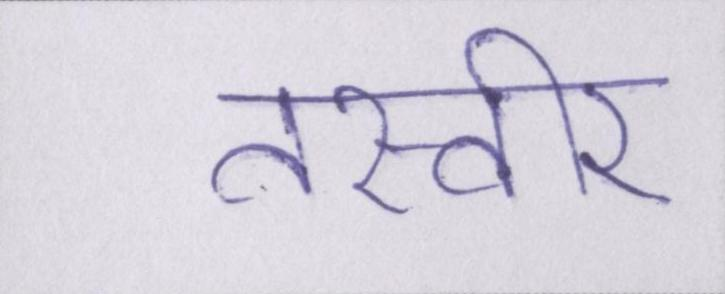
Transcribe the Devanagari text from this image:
तस्वीर